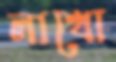
লাখো